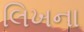
લિખના